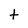
Character: t